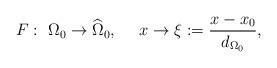
LaTeX: \begin{align*}F:\ \Omega_0 \rightarrow \widehat{\Omega}_0,\ \ \ \ x \rightarrow \xi := \frac{x-x_0}{d_{\Omega_0}},\end{align*}